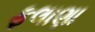
ફલાણા